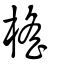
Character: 榣